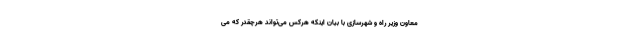
معاون وزیر راه و شهرسازی با بیان اینکه هرکس می‌تواند هرچقدر که می